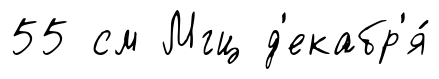
55 см Мгц д'екабр'я́